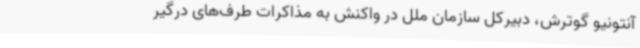
آنتونیو گوترش، دبیرکل سازمان ملل در واکنش به مذاکرات طرف‌های درگیر